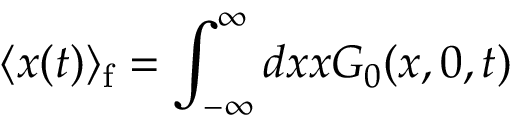
\langle x ( t ) \rangle _ { \mathrm { f } } = \int _ { - \infty } ^ { \infty } d x x G _ { 0 } ( x , 0 , t )